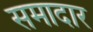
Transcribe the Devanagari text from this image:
समादार